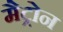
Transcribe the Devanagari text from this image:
मैट्रोन